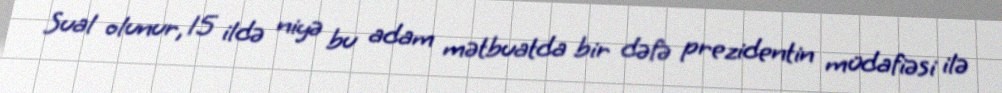
Sual olunur, 15 ildə niyə bu adam mətbuatda bir dəfə prezidentin müdafiəsi ilə